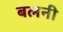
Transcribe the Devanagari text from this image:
बलनी